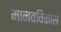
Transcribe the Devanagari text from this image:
मानवविकास